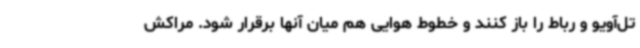
تل‌آویو و رباط را باز کنند و خطوط هوایی هم میان آنها برقرار شود. مراکش